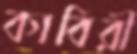
কাবিরী